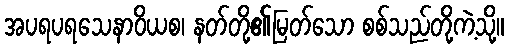
အပရပရသေနာဝိယစ၊ နတ်တို့၏မြတ်သော စစ်သည်တို့ကဲ့သို့။